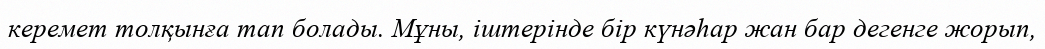
керемет толқынға тап болады. Мұны, іштерінде бір күнәһар жан бар дегенге жорып,